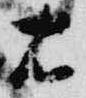
右